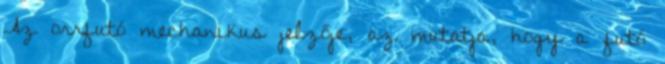
Az orrfutó mechanikus jelzője, az mutatja, hogy a futó